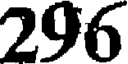
296